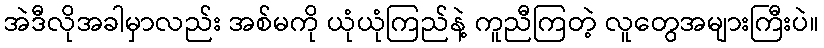
အဲဒီလိုအခါမှာလည်း အစ်မကို ယုံယုံကြည်နဲ့ ကူညီကြတဲ့ လူတွေအများကြီးပဲ။